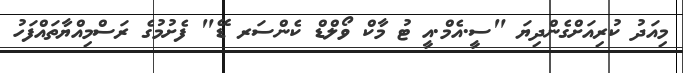
މިއަދު ކުރިއަށްގެންދިޔަ "ސީ.އެމް.އީ ޓު މާކް ވޯލްޑް ކެންސަރ ޑޭ" ފެށުމުގެ ރަސްމިއްޔާތައްފަހު